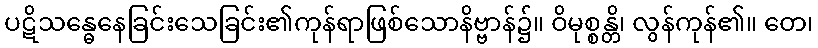
ပဋိသန္ဓေနေခြင်းသေခြင်း၏ကုန်ရာဖြစ်သောနိဗ္ဗာန်၌။ ဝိမုစ္စန္တိ၊ လွန်ကုန်၏။ တေ၊